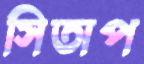
সিতাপ